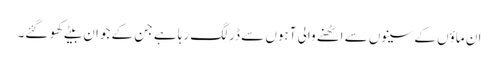
ان ماؤں کے سینوں سے اٹھنے والی آہوں سے ڈر لگ رہا ہے جن کے جوان بیٹے کھو گئے۔